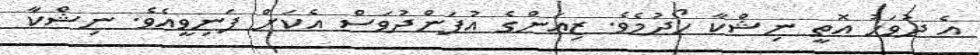
އެ ދުވަހު އޮތީ ނިޝްކާ ހޯދުމެވެ. ޒިއަންގެ އުފަންދުވަސް އެކަށް ފަނިވީއެވެ. ނިޝްކާ